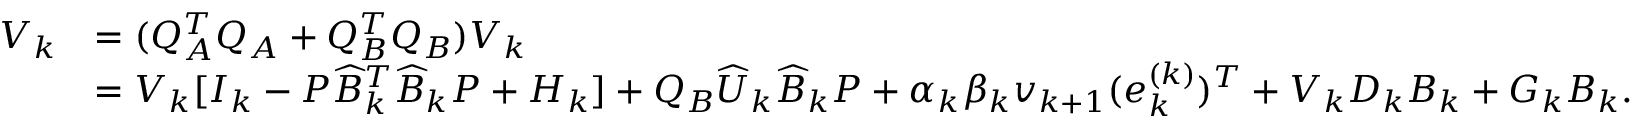
\begin{array} { r l } { V _ { k } } & { = ( Q _ { A } ^ { T } Q _ { A } + Q _ { B } ^ { T } Q _ { B } ) V _ { k } } \\ & { = V _ { k } [ I _ { k } - P \widehat { B } _ { k } ^ { T } \widehat { B } _ { k } P + H _ { k } ] + Q _ { B } \widehat { U } _ { k } \widehat { B } _ { k } P + \alpha _ { k } \beta _ { k } v _ { k + 1 } ( e _ { k } ^ { ( k ) } ) ^ { T } + V _ { k } D _ { k } B _ { k } + G _ { k } B _ { k } . } \end{array}